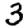
Digit: 3